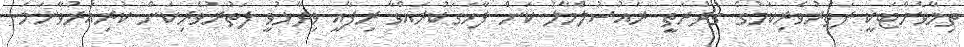
ތިމާވެށްޓަކީ ފަތުރުވެރިކަމުގެ ގުދުރަތީ ރައުސުލްމާލު ކަން ފާހަގަކުރައްވާ ރިފާއީ ވިދާޅުވީ ފަތުރުވެރިކަން ކުރިއަރުވާނަމަ